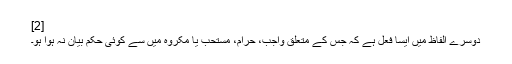
[2]
دوسرے الفاظ میں ایسا فعل ہے کہ جس کے متعلق واجب،‌ حرام، مستحب یا مکروه میں سے کوئی حکم بیان نہ ہوا ہو۔